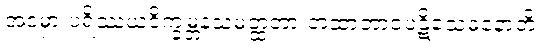
အဒမှာ ပရိဿယဝိက္ခမ္ဘနသမတ္ထတာ တထာဘာဝပဋိသေဓနောတိ